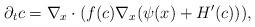
LaTeX: \begin{align*}\partial_t c & =\nabla_x\cdot (f(c) \nabla_x (\psi(x)+H'(c)) ),\end{align*}